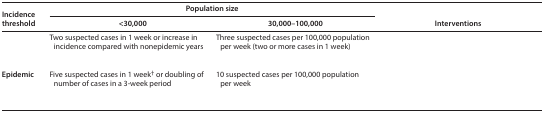
<table><thead><tr><td rowspan="2"><b>Incidence threshold</b></td><td colspan="2"><b>Population size</b></td><td rowspan="2"><b>Interventions</b></td></tr><tr><td><b>&lt;30,000</b></td><td><b>30,000–100,000</b></td></tr></thead><tbody><tr><td>[EMPTY_CELL]</td><td>Two suspected cases in 1 week or increase in incidence compared with nonepidemic years</td><td>Three suspected cases per 100,000 population per week (two or more cases in 1 week)</td><td>[EMPTY_CELL]</td></tr><tr><td><b>Epidemic</b></td><td>Five suspected cases in 1 week<sup>†</sup> or doubling of number of cases in a 3-week period</td><td>10 suspected cases per 100,000 population per week</td><td>[EMPTY_CELL]</td></tr></tbody></table>